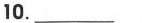
10. ___